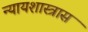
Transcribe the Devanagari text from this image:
न्यायशास्त्रास